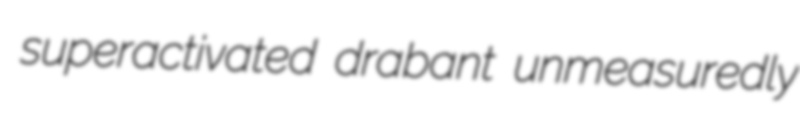
superactivated drabant unmeasuredly